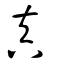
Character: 真